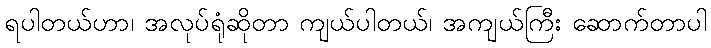
ရပါတယ်ဟာ၊ အလုပ်ရုံဆိုတာ ကျယ်ပါတယ်၊ အကျယ်ကြီး ဆောက်တာပါ